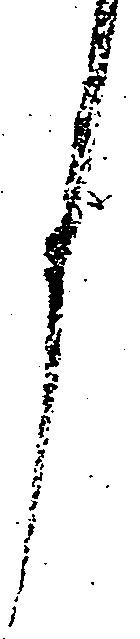
月